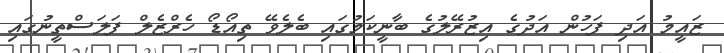
ޒައީމު އަދި ފަހުން އަދުގެ އިޒުރޭލުގެ ބާނީކަމުގައި ބެލެވޭ ތިއޯޑޯ ހެރްޒެލް ފަލަސްތީނުގައި